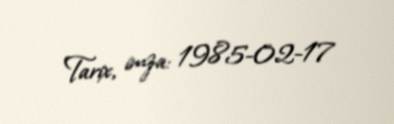
Tarix, imza: 1985-02-17